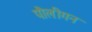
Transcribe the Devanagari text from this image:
पौलीगन